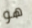
هو